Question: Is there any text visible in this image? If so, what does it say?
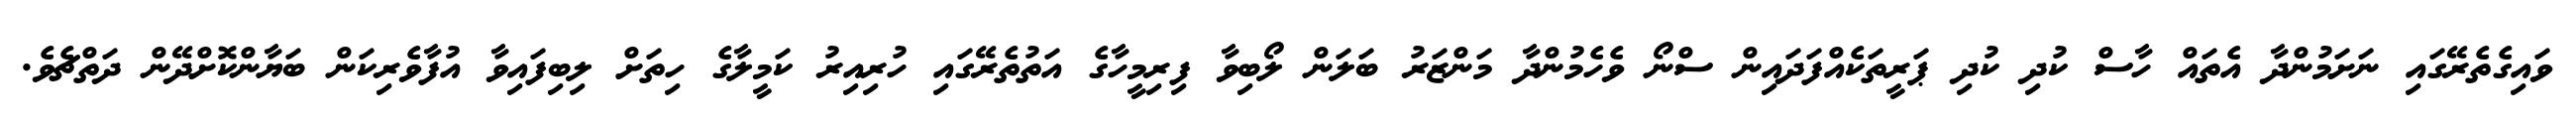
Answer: ވައިގެތެރޭގައި ނަށަމުންދާ އެތައް ހާސް ކުދި ކުދި ޕަރީތަކެއްފަދައިން ސްނޯ ވެހެމުންދާ މަންޒަރު ބަލަން ލޯބިވާ ފިރިމީހާގެ އަތުތެރޭގައި ހުރިއިރު ކަމީލާގެ ހިތަށް ލިބިފައިވާ އުފާވެރިކަން ބަޔާންކޮށްދޭން ދަތްޗެވެ.